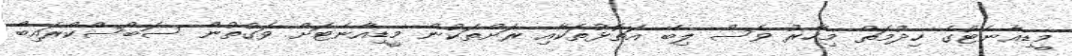
މީޑިއާނެޓުގެ ހިދުމަތް މިހާރު ވެސް ލިބޭ އަތޮޅުތަކާއި ރަށްތަކުން މީޑިއާނެޓަށް ވަގުތުން ސަބްސްކްރައިބް